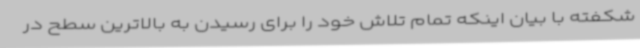
شکفته با بیان اینکه تمام تلاش خود را برای رسیدن به بالاترین سطح در